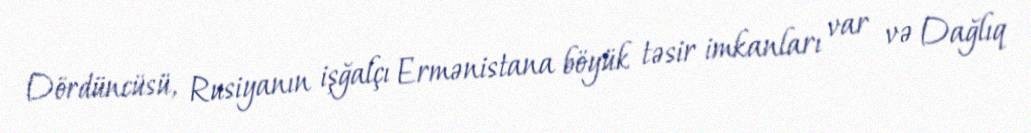
Dördüncüsü, Rusiyanın işğalçı Ermənistana böyük təsir imkanları var və Dağlıq